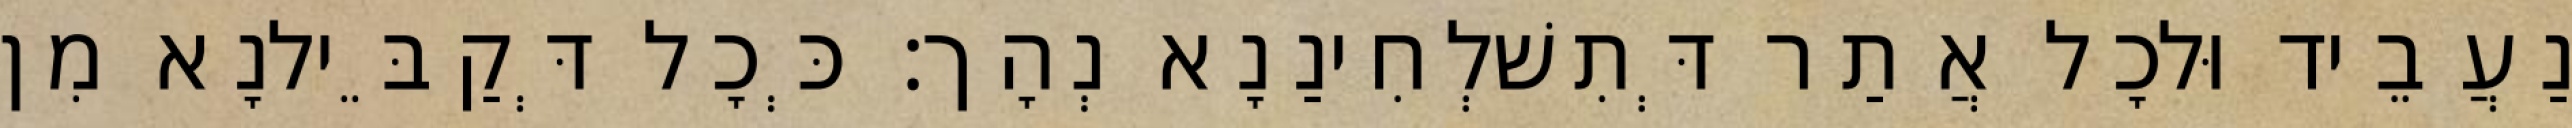
נַעֲבֵיד וּלכָל אֲתַר דְּתִשׁלְחִינַנָא נְהָך׃ כְּכָל דְּקַבֵּילנָא מִן